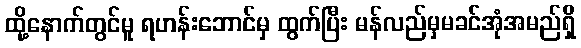
ထို့နောက်တွင်မူ ရဟန်းဘောင်မှ ထွက်ပြီး မန်လည်မှမခင်အုံအမည်ရှိ